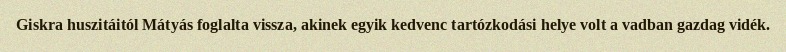
Giskra huszitáitól Mátyás foglalta vissza, akinek egyik kedvenc tartózkodási helye volt a vadban gazdag vidék.